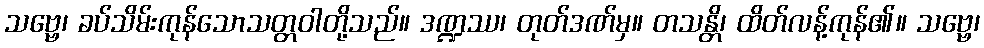
သဗ္ဗေ၊ ခပ်သိမ်းကုန်သောသတ္တဝါတို့သည်။ ဒဏ္ဍဿ၊ တုတ်ဒဏ်မှ။ တသန္တိ၊ ထိတ်လန့်ကုန်၏။ သဗ္ဗေ၊